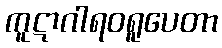
ကူဋာဂါရဝရူပေတာ